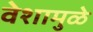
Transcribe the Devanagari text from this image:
वेशामुळे